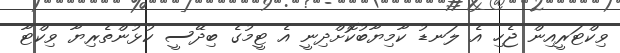
ވިކްޓަރީއިން ޖެހި އެ ލަނޑު ކާމިޔާބުކޮށްދިނީ އެ ޓީމުގެ ބިދޭސީ ކުޅުންތެރިޔާ ވިކްޓާ